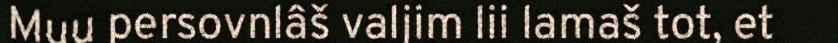
Muu persovnlâš valjim lii lamaš tot, et